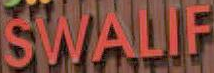
SWALIF